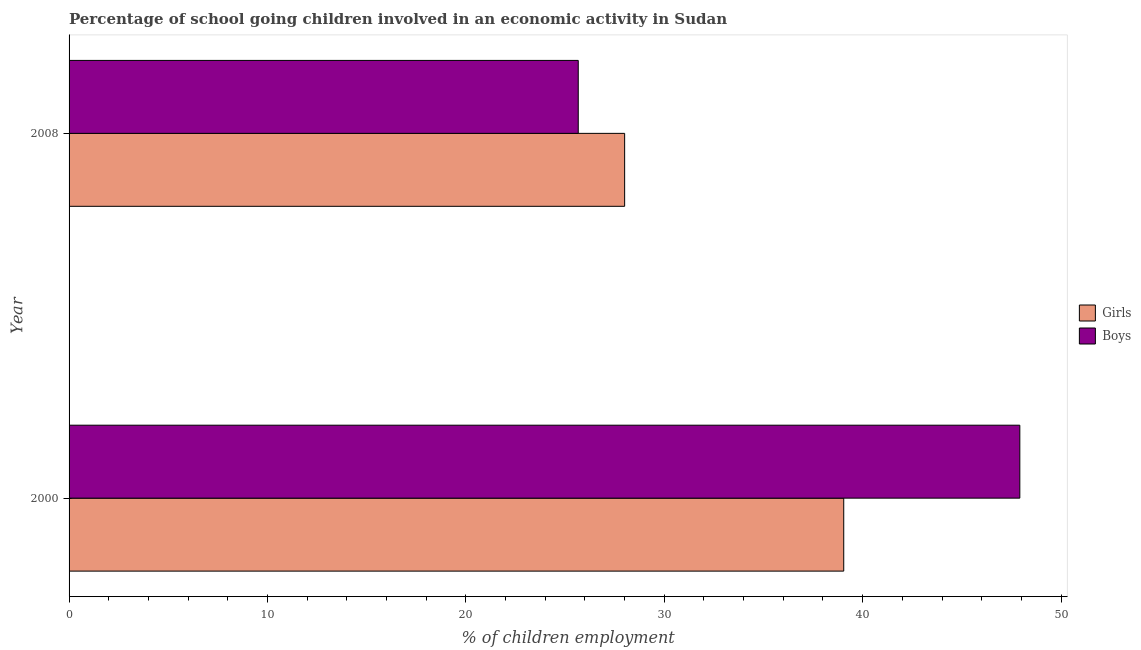
| Year | Girls | Boys |
 | --- | --- | --- |
 | 2000 | 39 | 47.9 |
 | 2008 | 28 | 25.7 |